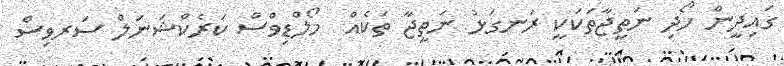
ގައިދީން ހޯދި ނަތީޖާތަކަކީ ރަނގަޅު ނަތީޖާ ތަކެއް  މޯލްޑިވްސް ކަރެކްޝަނަލް ސަރވިސް